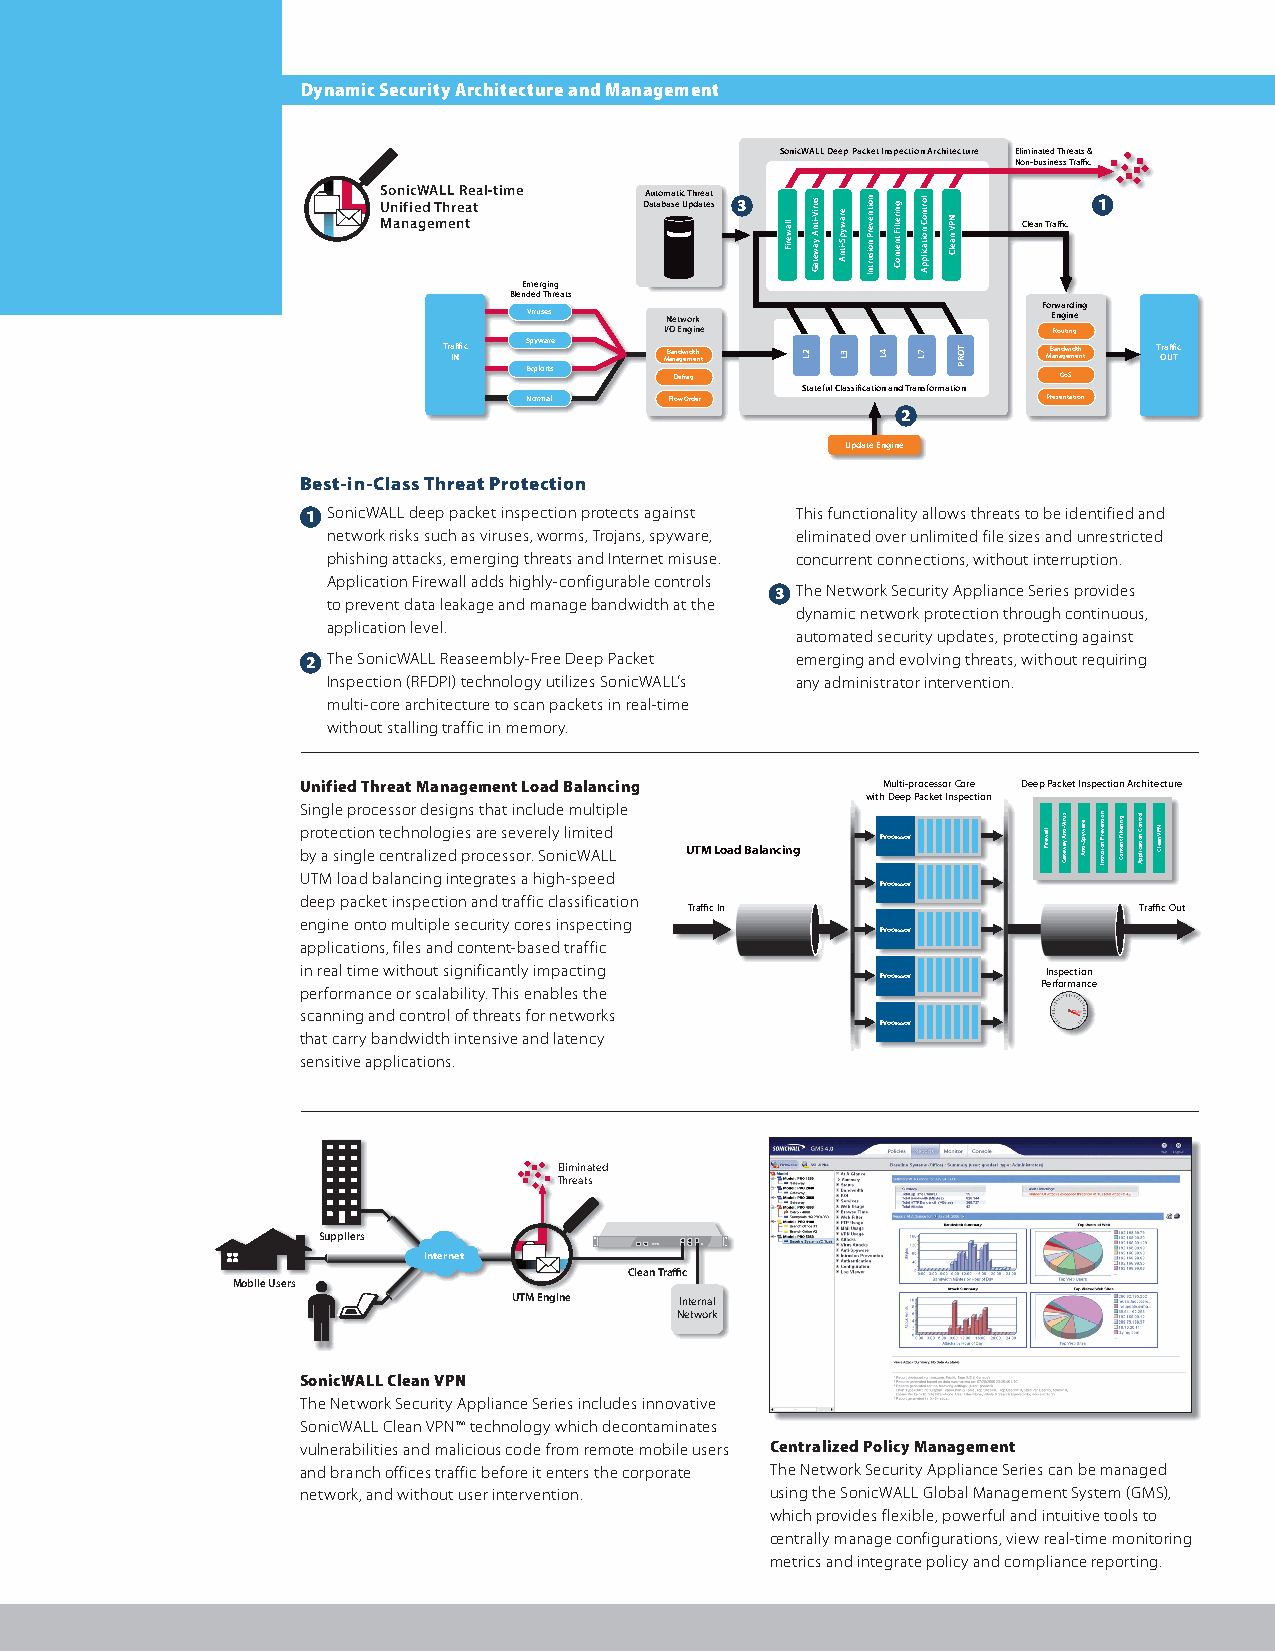
Dynamic Security Architecture and Management
 SonicWALL Deep Packet Inspection Architecture Eliminated Threats &
 Non-business Traffic
 SonicWALL Real-time Automatic Threat Unified Threat Database Updates 3 1
 Management                                 Clean Traffic
 Emerging
 Blended Threats
 Forwarding
 Viruses  Network                   Engine
 I/O Engine                Routing
 Tra INffic Spyware MB aa nn ad gw ei mdt eh nt MB aa nn ad gw ei mdt eh nt T Ora Uffi Tc
 Exploits
 Defrag                   QoS
 Stateful Classification and Transformation
 Normal   Flow Order               Presentation
 2
 Update Engine
 Best-in-Class Threat Protection
 1 SonicWALL deep packet inspection protects against This functionality allows threats to be identified and
 network risks such as viruses, worms, Trojans, spyware, eliminated over unlimited file sizes and unrestricted
 phishing attacks, emerging threats and Internet misuse. concurrent connections, without interruption.
 Application Firewall adds highly-configurable controls
 3 The Network Security Appliance Series provides
 to prevent data leakage and manage bandwidth at the
 dynamic network protection through continuous,
 application level.
 automated security updates, protecting against
 2 The SonicWALL Reaseembly-Free Deep Packet emerging and evolving threats, without requiring
 Inspection (RFDPI) technology utilizes SonicWALL’s any administrator intervention.
 multi-core architecture to scan packets in real-time
 without stalling traffic in memory.
 Unified Threat Management Load Balancing Multi-processor Core Deep Packet Inspection Architecture
 with Deep Packet Inspection
 Single processor designs that include multiple
 protection technologies are severely limited Processor by a single centralized processor. SonicWALL UTM Load Balancing
 UTM load balancing integrates a high-speed
 Processor
 deep packet inspection and traffic classification
 Traffic In                   Traffic Out
 engine onto multiple security cores inspecting
 Processor
 applications, files and content-based traffic
 in real time without significantly impacting Processor PI en rs fop re mct aio nn ce
 performance or scalability. This enables the
 scanning and control of threats for networks
 Processor
 that carry bandwidth intensive and latency
 sensitive applications.
 Eliminated
 Threats
 Suppliers
 Internet
 Clean Traffic
 Mobile Users
 UTM Engine Internal
 Network
 Telecommuters
 SonicWALL Clean VPN
 The Network Security Appliance Series includes innovative
 SonicWALL Clean VPN™ technology which decontaminates
 vulnerabilities and malicious code from remote mobile users Centralized Policy Management
 and branch offices traffic before it enters the corporate The Network Security Appliance Series can be managed
 network, and without user intervention. using the SonicWALL Global Management System (GMS),
 which provides flexible, powerful and intuitive tools to
 centrally manage configurations, view real-time monitoring
 metrics and integrate policy and compliance reporting.
 llaweriF
 2L
 suriV-itnA
 yawetaG
 erawypS-itnA
 3L
 noitneverP
 noisurtnI
 4L
 gniretliF
 tnetnoC
 lortnoC
 noitacilppA
 7L
 NPV
 naelC
 TORP
 llaweriF suriV-itnA yawetaG erawypS-itnA noitneverP noisurtnI gniretliF tnetnoC lortnoC noitacilppA NPV naelC